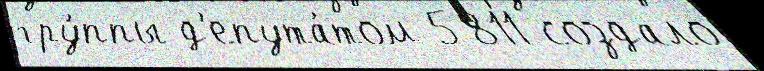
гру́ппы д'епута́том 5811 создало